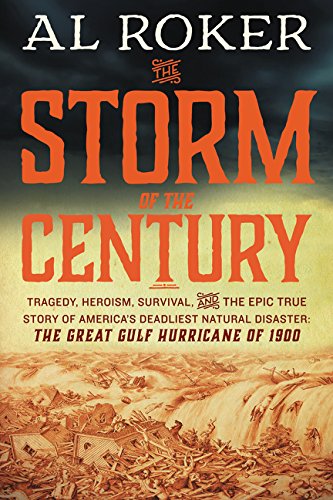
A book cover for The Storm of the Century: Tragedy, Heroism, Survival, and the Epic True Story of America's Deadliest Natural Disaster: The Great Gulf Hurricane of 1900; Al Roker; Science & Math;